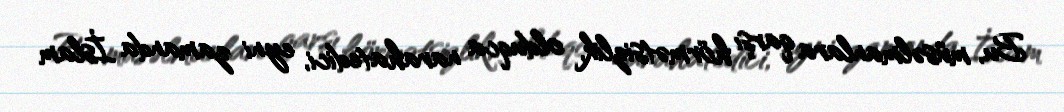
Bu, müsəlmanlara qarşı hörmətsizlik, olduqca narahatedici, eyni zamanda İslam